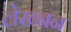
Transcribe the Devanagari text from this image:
लेख्नन